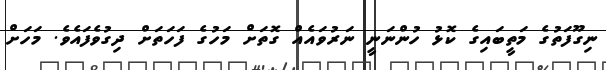
ނިގޫފަތުގެ މަތީބައިގެ ކޮޅު ހުންނަނީ ނަރުވައެއް ގޮތަށް މަހުގެ ފަހަތަށް ދިގުވެފައެވެ. މަހަށް